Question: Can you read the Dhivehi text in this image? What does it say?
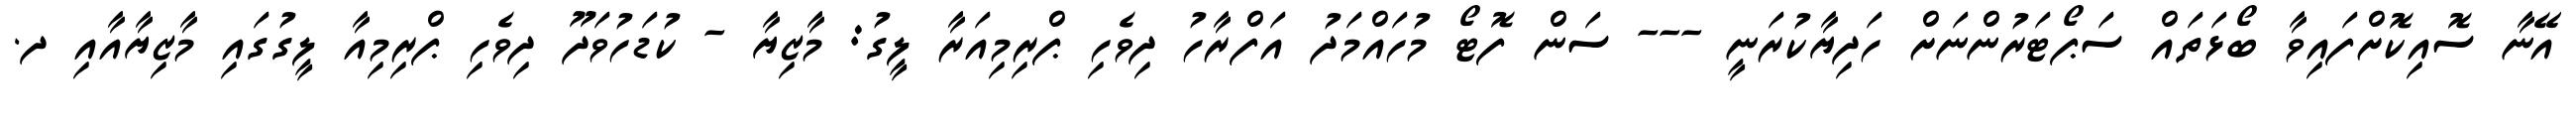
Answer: އޭނާ ސޮއިކޮށްފައިވާ ބޯޅަތައް ސަޕޯޓަރުންނަށް ހަދިޔާކުރަނީ --- ސަން ފޮޓޯ މުހައްމަދު އަފްރާހު ދިވެހި ޕްރިމިއަރާ ލީގު: މާޒިޔާ - ކުޑަހުވަދޫ ދިވެހި ޕްރިމިއާ ލީގުގައި މާޒިޔާއާއި ދ.